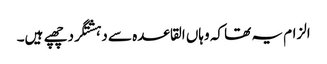
الزام یہ تھا کہ وہاں القاعدہ سے دہشتگرد چھپے ہیں۔